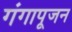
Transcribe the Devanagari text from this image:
गंगापूजन